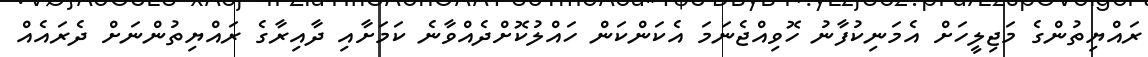
ރައްޔިތުންގެ މަޖިލީހަށް އެމަނިކުފާނު ހޮވިއްޖެނަމަ އެކަންކަން ހައްލުކޮށްދެއްވާނެ ކަމަށާއި ދާއިރާގެ ރައްޔިތުންނަށް ދެރައެއް